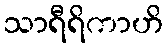
သာရီရိကာဟိ